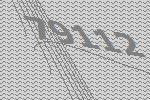
79112